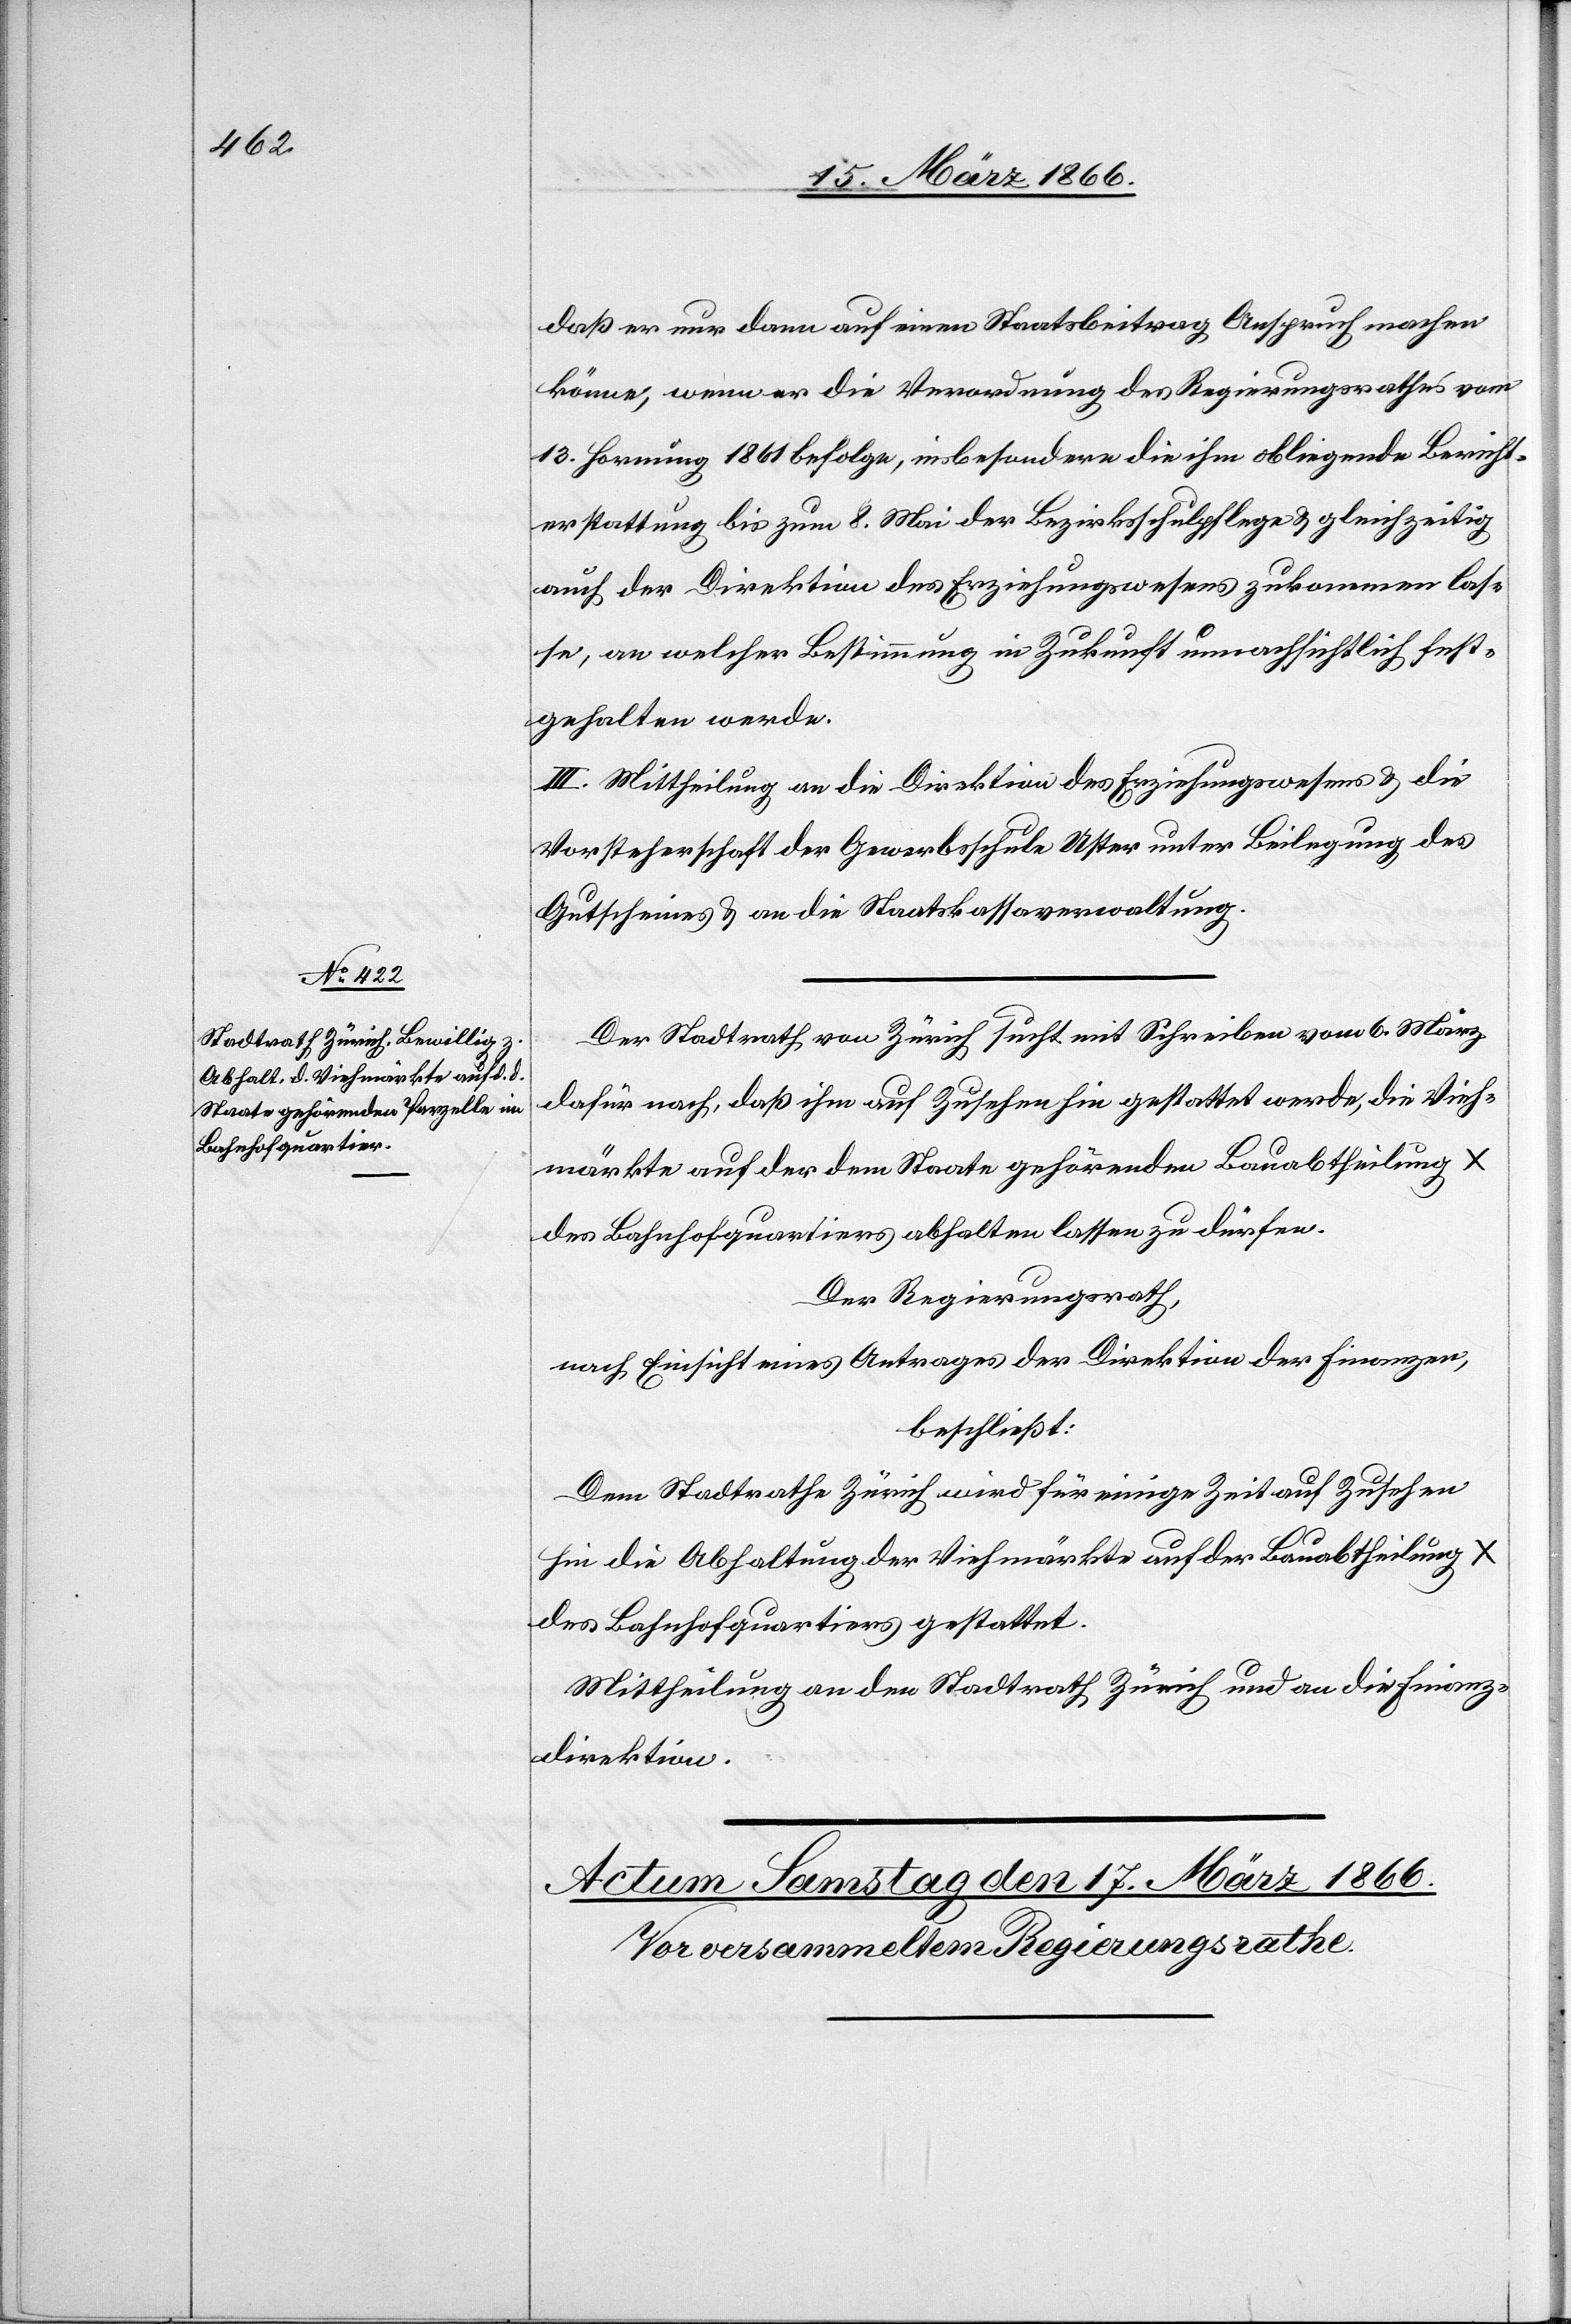
daß er nur dann auf einen Staatsbeitrag Anspruch machen
könne, wenn er die Verordnung des Regierungsrathes vom
13. Hornung 1861 befolge, insbesondere die ihm obliegende Bericht¬
erstattung bis zum 8. Mai der Bezirksschulpflege u. gleichzeitig
auch der Direktion des Erziehungswesens zukommen las¬
se, an welcher Bestimmung in Zukunft unnachsichtlich fest¬
gehalten werde.
III. Mittheilung an die Direktion des Erziehungswesens u. die
Vorsteherschaft der Gewerbsschule Uster unter Beilegung des
Gutscheines u. an die Staatskassenverwaltung.
Der Stadtrath von Zürich sucht mit Schreiben vom 6. März
dafür nach, daß ihm auf Zusehen hin gestattet werde, die Vieh¬
märkte auf der dem Staate gehörenden Bauabtheilung X
des Bahnhofquartiers abhalten lassen zu dürfen.
Der Regierungsrath,
nach Einsicht eines Antrages der Direktion der Finanzen,
beschließt:
Dem Stadtrathe Zürich wird für einige Zeit auf Zusehen
hin die Abhaltung der Viehmärkte auf der Bauabtheilung
des Bahnhofquartiers gestattet.
Mittheilung an den Stadtrath Zürich und an die Finanz¬
direktion.